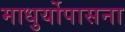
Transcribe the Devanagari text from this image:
माधुर्योपासना